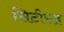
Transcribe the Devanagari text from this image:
सिटीसह